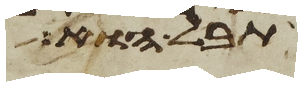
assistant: תבל הוא